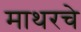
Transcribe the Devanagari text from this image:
माथरचे